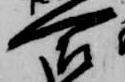
合